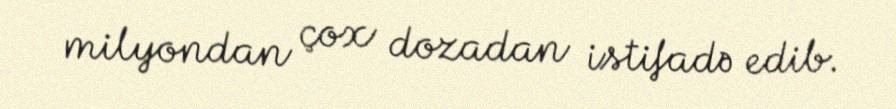
milyondan çox dozadan istifadə edib.